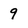
Character: 9